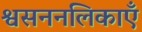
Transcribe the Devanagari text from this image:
श्वसननलिकाएँ